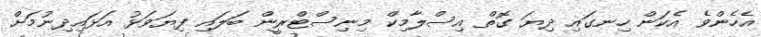
އެހެންވެ އެކަން ހިނގައި ދިޔަ ގޮތް އިސްލާމިކް މިނިސްޓްރީން ބަލައި ފިޔަވަޅު އަޅައިދިނުމަށް